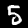
Label: 5